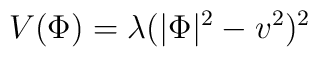
V(\Phi) = \lambda (|\Phi|^2 - v^2)^2